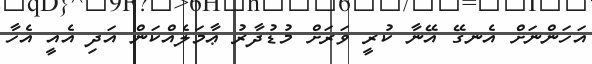
އަހަންނަށް އެނގޭ އޭނާ ކުރީ ވަރަށް މުޑުދާރު ޢާމަލެއްކަން އަދި އެއީ އެހާ